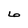
Character: 6